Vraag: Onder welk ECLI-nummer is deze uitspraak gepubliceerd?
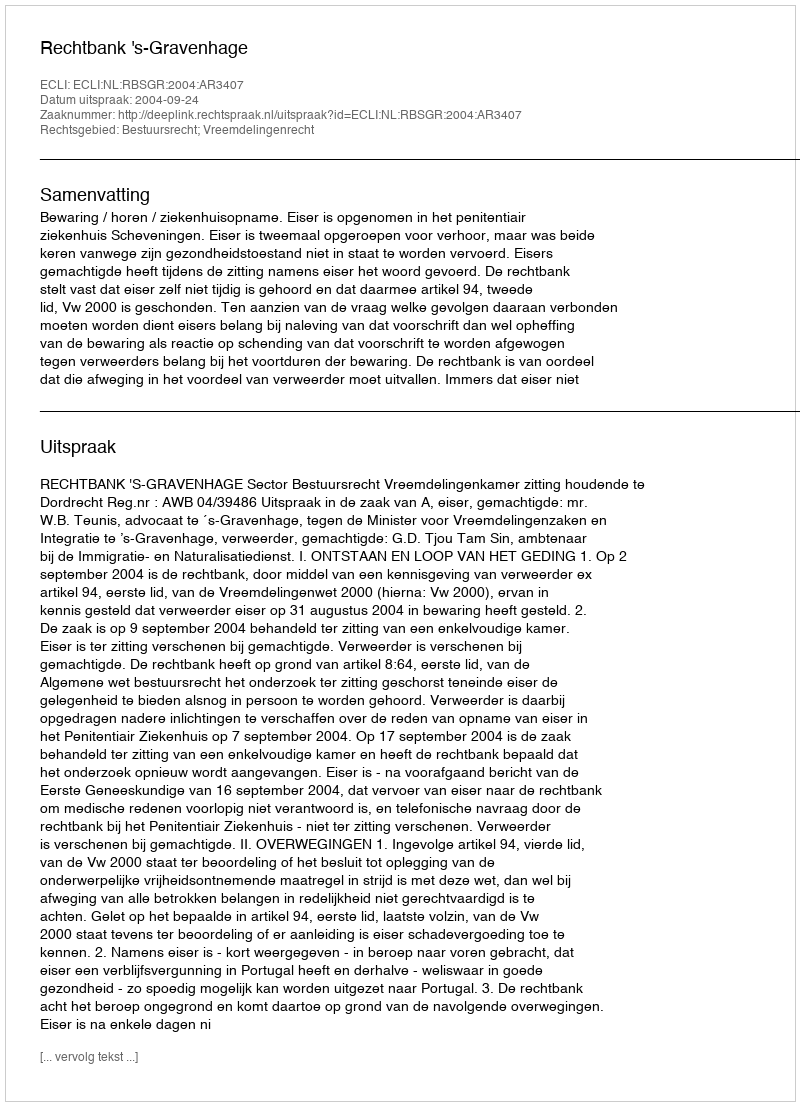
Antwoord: ECLI:NL:RBSGR:2004:AR3407